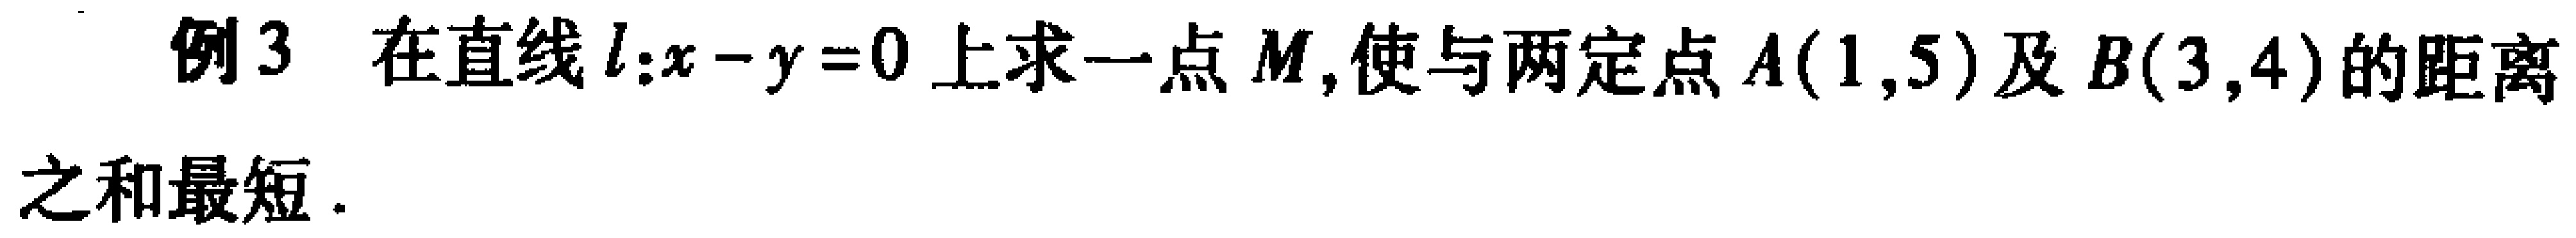
例3 在直线\(l:x - y = 0\)上求一点\(M\),使与两定点\(A(1,5)\)及\(B(3,4)\)的距离之和最短.